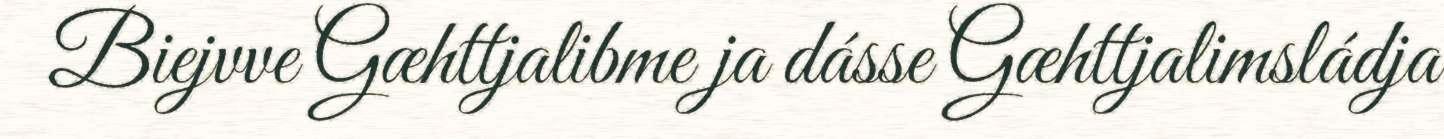
Biejvve Gæhttjalibme ja dásse Gæhttjalimsládja